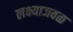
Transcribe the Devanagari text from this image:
लक्ष्याजवळ